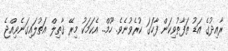
ރާއިދުގެ އަޑު ތަފާތުވިކަން ފާހަގަ ކުރެވުނެވެ. ހޫމް.. އެކަމަކު މިރޭ ޤާތިލް އަތުލައިގަނެވިއްޖެ